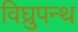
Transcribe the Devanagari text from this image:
विघ्रुपन्थ